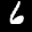
Label: 6